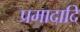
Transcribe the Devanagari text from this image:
प्रमादादि